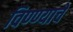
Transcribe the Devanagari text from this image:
विण्ण्याचे